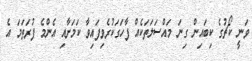
ވަނީ ކޯޗުގެ ކިބައިން ގިނަ މައްސަލަތަކެއް ފާހަގަކުރެވިފައިވާ ކަމަށާއި އެންމެ ފުރަތަމަ އެ